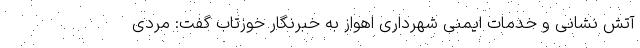
آتش نشانی و خدمات ایمنی شهرداری اهواز به خبرنگار خوزتاب گفت: مردی